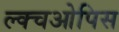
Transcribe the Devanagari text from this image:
ल्क्चओपिस